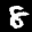
Label: 8